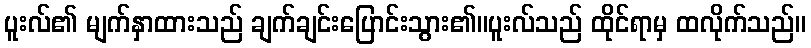
ပူးလ်၏ မျက်နှာထားသည် ချက်ချင်းပြောင်းသွား၏။ပူးလ်သည် ထိုင်ရာမှ ထလိုက်သည်။